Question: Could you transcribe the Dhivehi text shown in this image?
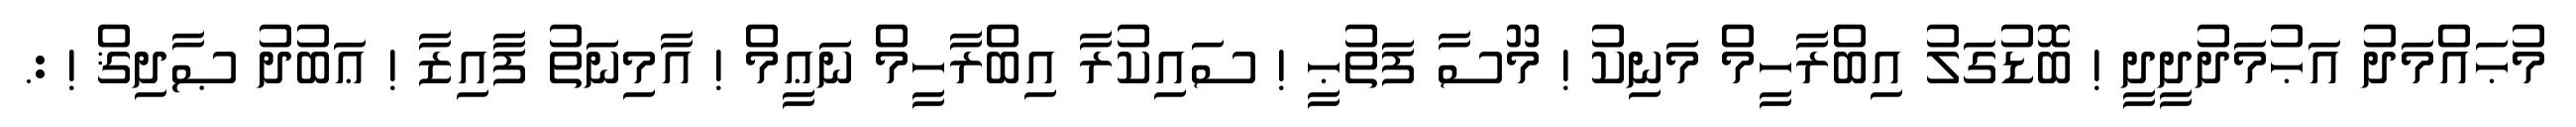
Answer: މުޙައްމަދު އަޙުމަދުދީދީ ! ބޮޑުގަލު އިބްރާހީމް މަނިކު ! މޫސާ ފަތުޙީ ! ސައިކުރާ އިބްރާހީމް ނަޢީމް ! އާމިނަތު ފާއިޒާ ! ޢަބުދު ޞާދިޤް ! :.